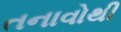
તનાવોથી